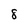
Character: 8